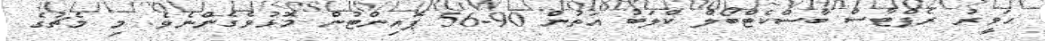
ހަވީރު ރެޕްޓާސް ބާސްކެޓްބޯލް ކްލަބު އަތުން 90-56 ޕޮއިންޓުން މޮޅުވެގެންނެވެ. މި މެޗުގެ